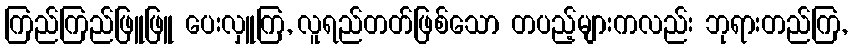
ကြည်ကြည်ဖြူဖြူ ပေးလှူကြ, လူရည်တတ်ဖြစ်သော တပည့်များကလည်း ဘုရားတည်ကြ,